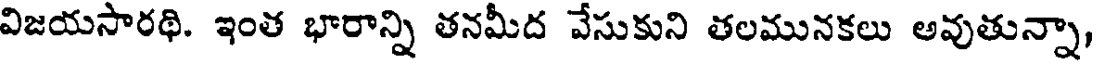
విజయసారథి. ఇంత భారాన్ని తనమీద వేసుకుని తలమునకలు అవుతున్నా